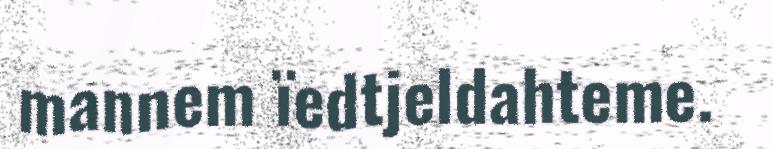
mannem ïedtjeldahteme.